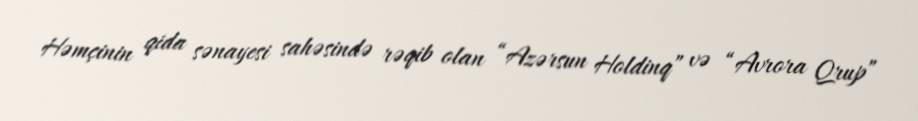
Həmçinin qida sənayesi sahəsində rəqib olan “Azərsun Holdinq” və “Avrora Qrup”